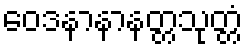
ဝေဒနာနာနတ္တသုတ္တံ